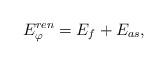
LaTeX: \begin{align*}E^{ren}_\varphi=E_f + E_{as},\end{align*}